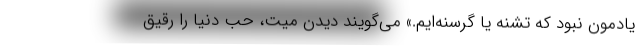
يادمون نبود كه تشنه يا گرسنه‌ايم.» مي‌گويند ديدن ميت، حب دنيا را رقيق